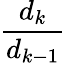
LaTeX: \frac{d_{k}}{d_{k-1}}